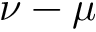
\nu - \mu